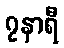
၇နာရီ